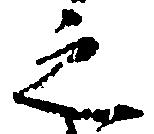
之